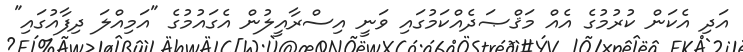
އަދި އެކަން ކުރުމުގެ އެއް މަޤްޞަދެއްކަމުގައި ވަނީ އިސްރާއީލުން އެގައުމުގެ "އަމިއްލަ ދިފާއުގައި"